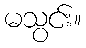
မသွင်း။